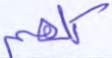
كلهم